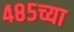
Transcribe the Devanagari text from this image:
४८५च्या